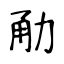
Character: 勈